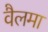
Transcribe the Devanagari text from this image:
वैलमा